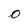
Character: O